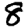
Digit: 8